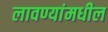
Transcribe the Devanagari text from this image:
लावण्यांमधील